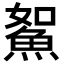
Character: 𩶯